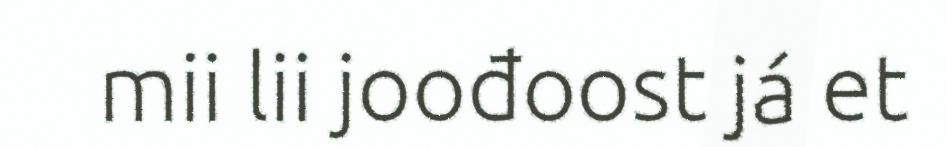
mii lii joođoost já et